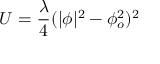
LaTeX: U = \frac { \lambda } { 4 } ( | \phi | ^ { 2 } - \phi _ { o } ^ { 2 } ) ^ { 2 }